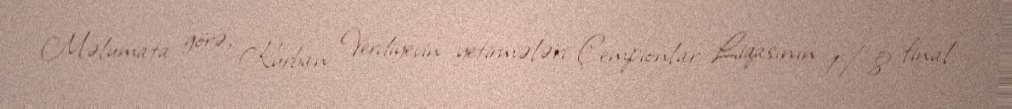
Məlumata görə, Kurban Verdiyevin yetirmələri Çempionlar Liqasının 1/8 final